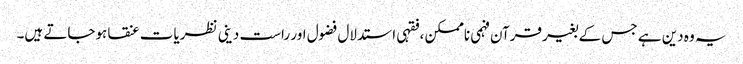
یہ وہ دین ہے جس کے بغیر قرآن فہمی ناممکن ،فقہی استدلال فضول اور راست دینی نظریات عنقا ہوجاتے ہیں۔